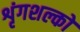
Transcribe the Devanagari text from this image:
शृंगशल्कों